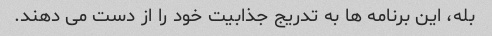
بله، این برنامه ها به تدریج جذابیت خود را از دست می دهند.